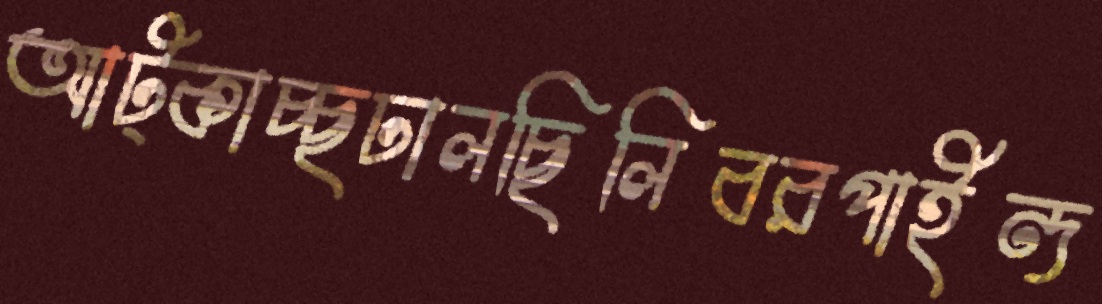
আট্‌কাচ্ছঢালছিলিবরপাইন্দ